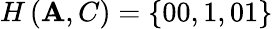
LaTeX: H\left(\mathbf{A},C\right)=\left\{ 00,1,01\right\}